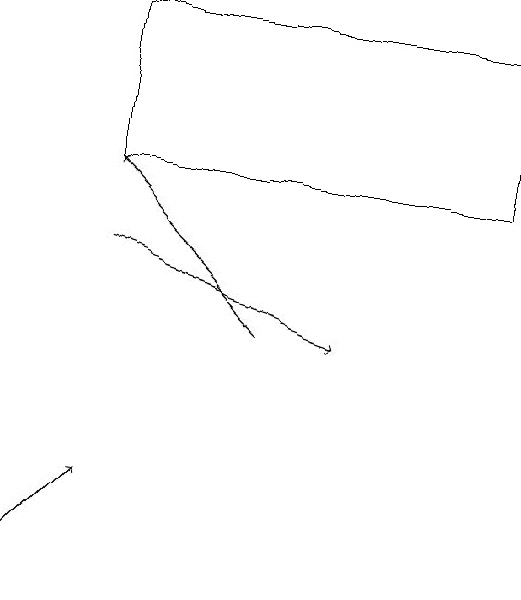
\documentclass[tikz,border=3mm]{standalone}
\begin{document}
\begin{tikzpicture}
\draw[->] (2,14) -- (5,13);
\draw[->] (1,10) -- (2,11);
\draw (7,17) rectangle (2,15);
\draw[->] (4,13) -- (2,15);
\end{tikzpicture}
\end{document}